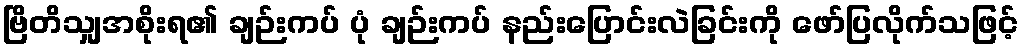
ဗြိတိသျှအစိုးရ၏ ချဉ်းကပ် ပုံ ချဉ်းကပ် နည်းပြောင်းလဲခြင်းကို ဖော်ပြလိုက်သဖြင့်